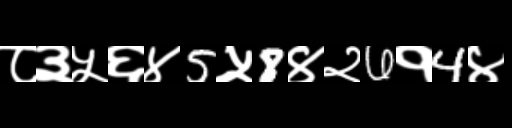
Text: ८३५६४5५8४२6१4४